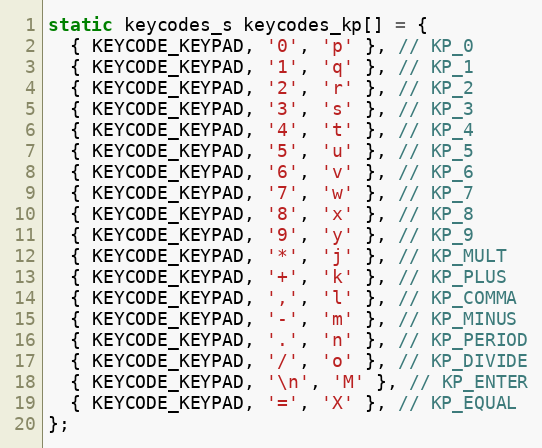
Language: C
static keycodes_s keycodes_kp[] = {
  { KEYCODE_KEYPAD, '0', 'p' }, // KP_0
  { KEYCODE_KEYPAD, '1', 'q' }, // KP_1
  { KEYCODE_KEYPAD, '2', 'r' }, // KP_2
  { KEYCODE_KEYPAD, '3', 's' }, // KP_3
  { KEYCODE_KEYPAD, '4', 't' }, // KP_4
  { KEYCODE_KEYPAD, '5', 'u' }, // KP_5
  { KEYCODE_KEYPAD, '6', 'v' }, // KP_6
  { KEYCODE_KEYPAD, '7', 'w' }, // KP_7
  { KEYCODE_KEYPAD, '8', 'x' }, // KP_8
  { KEYCODE_KEYPAD, '9', 'y' }, // KP_9
  { KEYCODE_KEYPAD, '*', 'j' }, // KP_MULT
  { KEYCODE_KEYPAD, '+', 'k' }, // KP_PLUS
  { KEYCODE_KEYPAD, ',', 'l' }, // KP_COMMA
  { KEYCODE_KEYPAD, '-', 'm' }, // KP_MINUS
  { KEYCODE_KEYPAD, '.', 'n' }, // KP_PERIOD
  { KEYCODE_KEYPAD, '/', 'o' }, // KP_DIVIDE
  { KEYCODE_KEYPAD, '\n', 'M' }, // KP_ENTER
  { KEYCODE_KEYPAD, '=', 'X' }, // KP_EQUAL
};